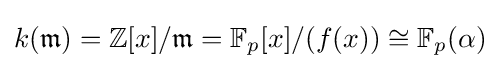
k({\mathfrak {m}})=\mathbb {Z} [x]/{\mathfrak {m}}=\mathbb {F} _{p}[x]/(f(x))\cong \mathbb {F} _{p}(\alpha )